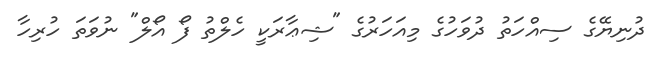
ދުނިޔޭގެ ސިއްހަތު ދުވަހުގެ މިއަހަރުގެ "ޝިޢާރަކީ ހެލްތު ފޯ އޯލް" ނުވަތަ ހުރިހާ